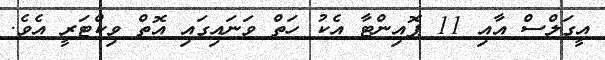
އީގަލްސް އާއި 11 ޕޮއިންޓާ އެކު ހަތް ވަނައިގައި އޮތް ވިކްޓަރީ އެވެ.